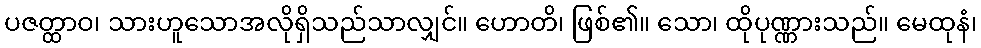
ပဇတ္ထာဝ၊ သားဟူသောအလိုရှိသည်သာလျှင်။ ဟောတိ၊ ဖြစ်၏။ သော၊ ထိုပုဏ္ဏားသည်။ မေထုနံ၊